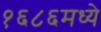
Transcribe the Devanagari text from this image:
१६८६मध्ये